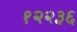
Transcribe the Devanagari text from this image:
१२२३६